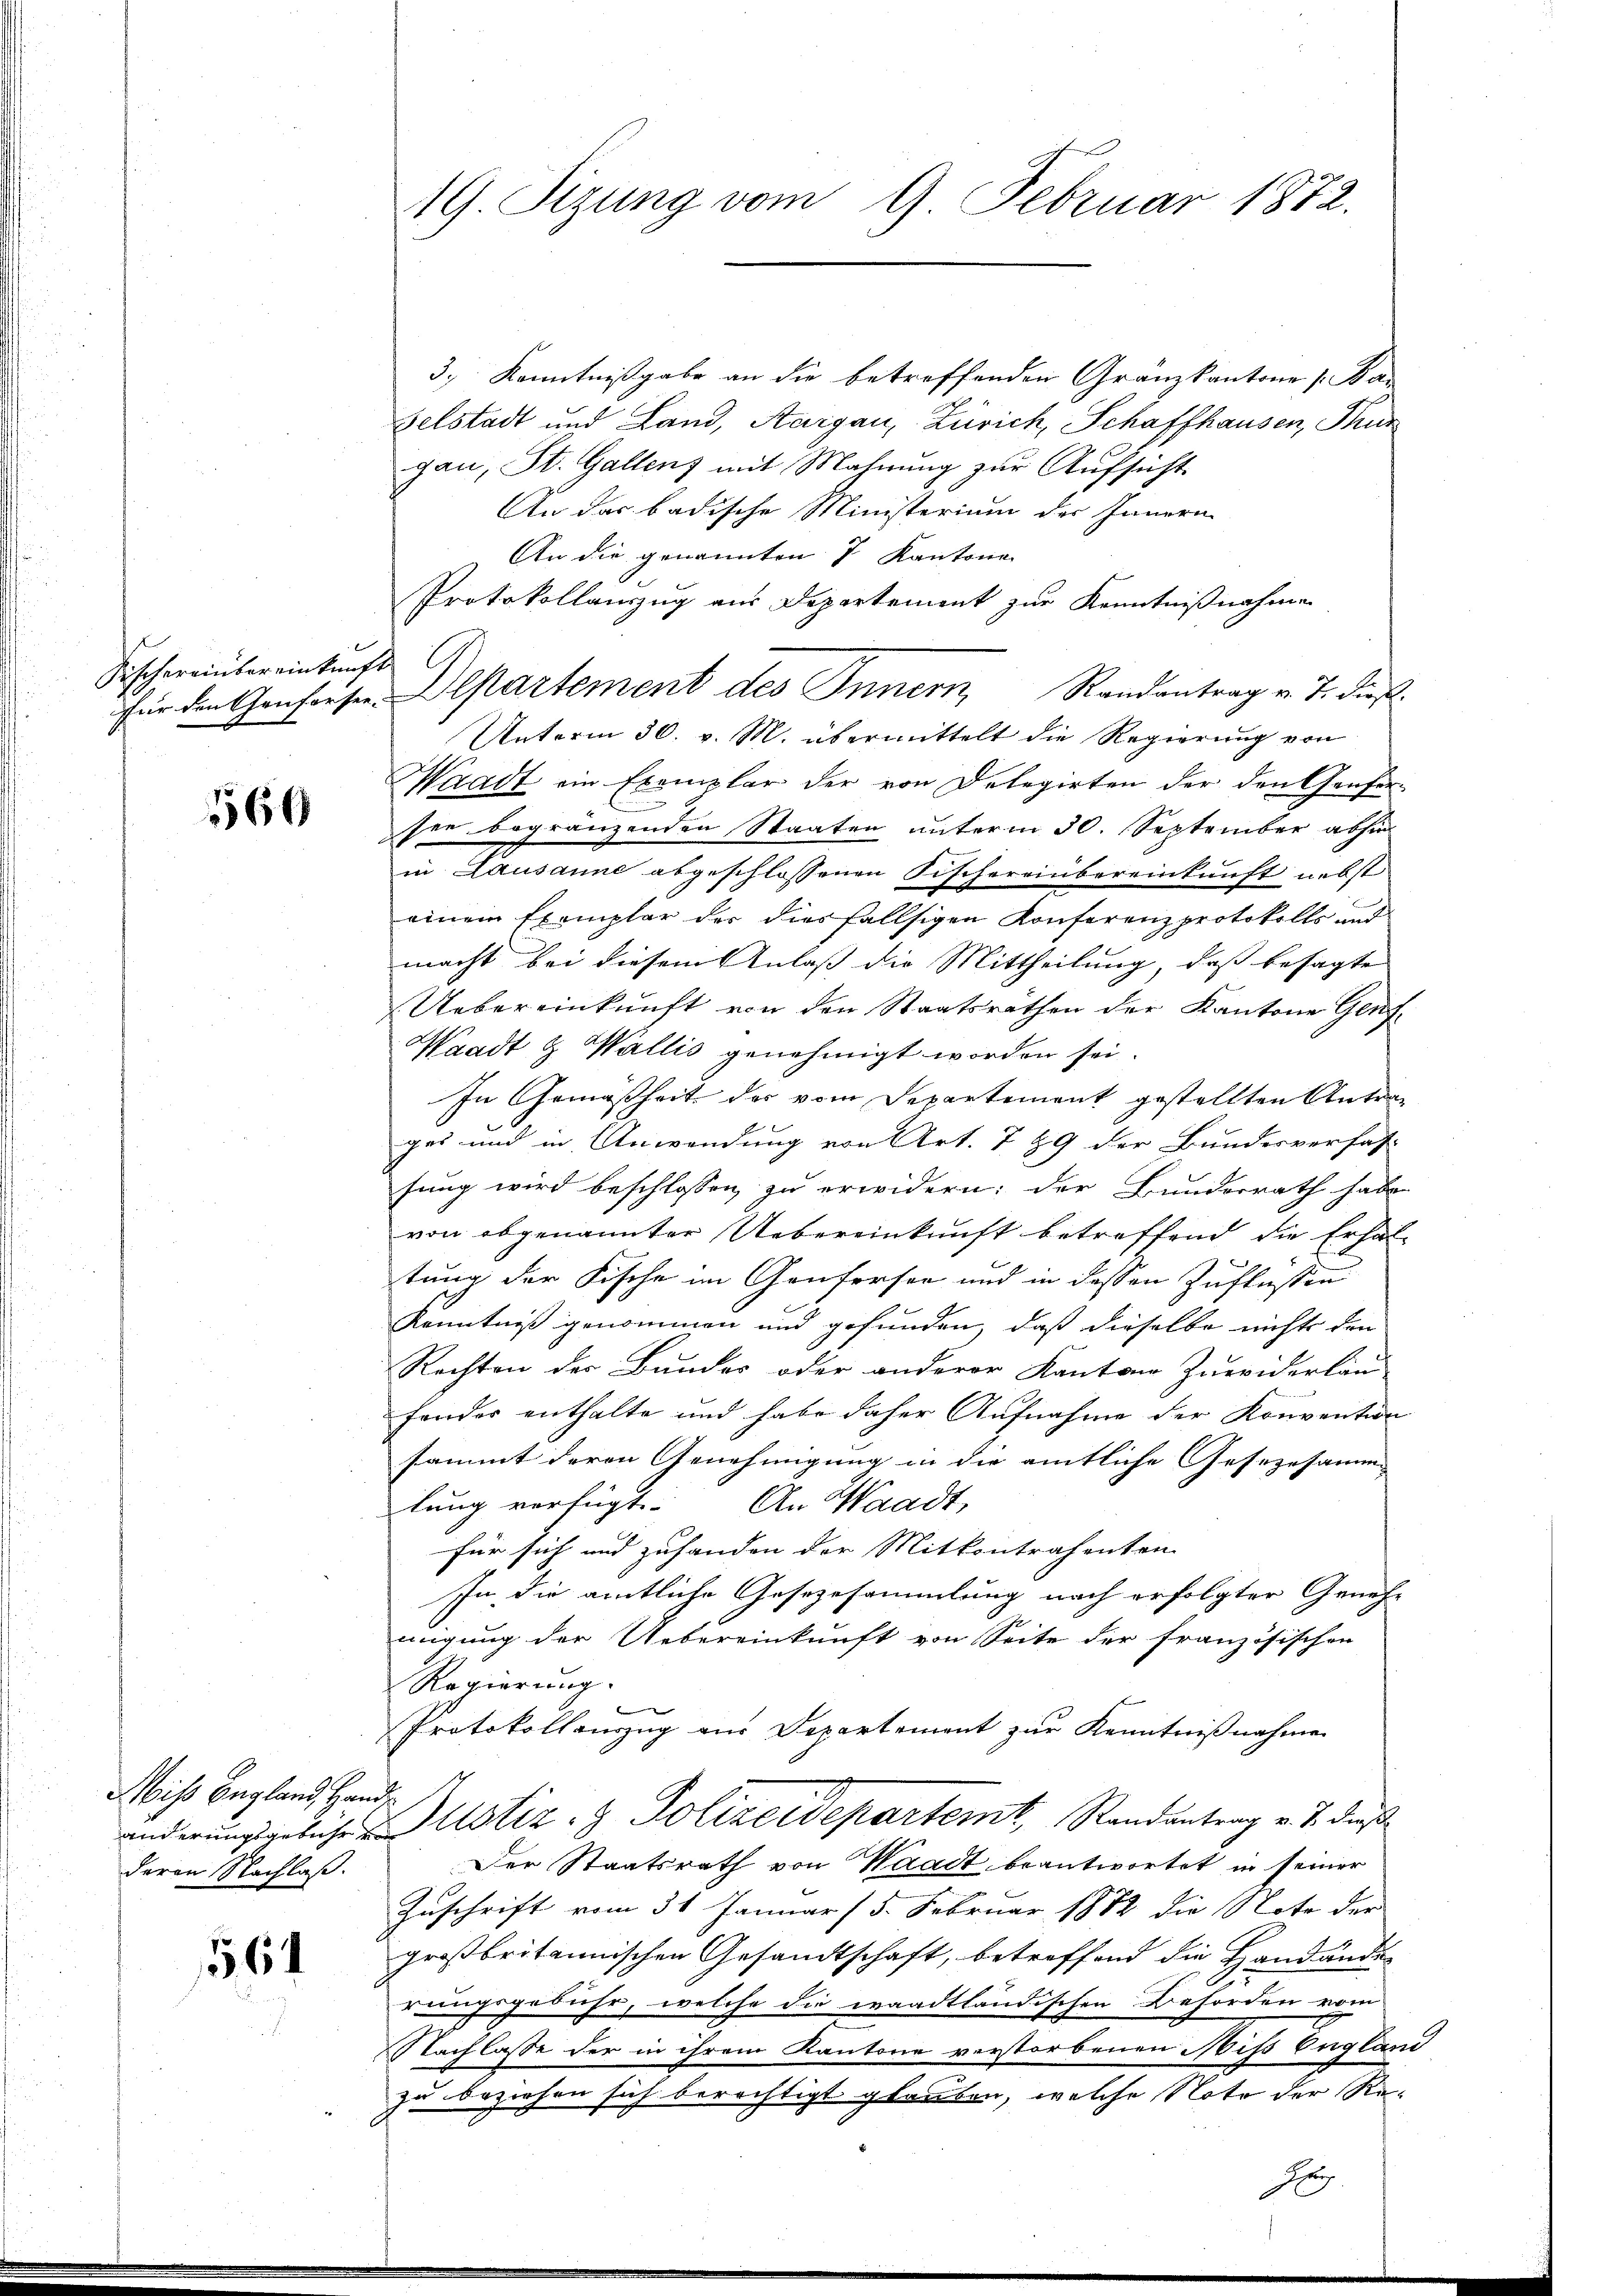
Fischereinbereinkunft

560

Mis England, Handderen Nachlaß.

564

3.) Kenntnißgabe an die betreffenden Gränzkantone s. Ban
Felstadt und Land, Aargau, Zürich, Schaffhausen, Thur
gau, St. Gallenz mit Mahnung zur Aufsicht
An der badische Ministerium des Innern
An die genannten 7 Kantone
Protokollauszug aus Departement zur Kenntnißnahmen
für den Confiser Departement des Innern Randantrag v. J. dieß.
Unterm 30. v. M. übermittelt die Regierung von
Waadt ein Exemplar der von Delegirten der den Genfersee begränzenden Staaten unterm 30. September abhin
in Lausanne abgeschlossenen Fischereinbereinkunft nebst
einem Exemplar der diesfallsigen Konferenzprotokolls und
macht bei diesem Anlaß die Mittheilung, daß besagte
Uebereinkunft von den Staatsräthen der Kantone Genf¬
Waadt & Wallis genehmigt worden sei.
In Gemäßheit der vom Departement gestellten Antrag
ges und in Anwendung von Art. 789 der Bundesverfass
sung wird beschlossen zu erwidern; der Bunderrath habe
von abgenannter Uebereinkunft betreffend die Erhaltung der Fische im Genfersen und in dessen Zuflassen
Kenntniß genommen und gefunden, daß dieselbe nichts den
Rechten der Bundes oder anderer Kantone Zuwiderlau
fonder enthalte und habe daher Aufnahme der Konvention
sammt deren Genehmigung in die amtliche Gesezesamm
lung verfügt: An Waadt,
für sich und zuhanden der Mitkontrahenten
In die amtliche Gesezesammlung nach erfolgter Geneh-
migung der Uebereinkunft von Seite der französischen
Regierung.
Protokollauszug aus Departement zur Kenntnißnahme
änderungsgebühr Altstiz- & Polizeidepartemt, Randantrag v. J. dieß
Der Staatsrath von Waadt beantwortet in seiner
Zuschrift vom 31 Januar 15. Februar 1872 die Note der
großbritannischen Gesandtschaft, betreffend die Handände
rungsgebühr, welche die waadtländischen Beforden vom
Nachlasse der in ihrem Kantone verstorbenen Miß Englani
zu beziehen sich berechtigt glauben, welche Note der Re¬
Eug

19 Sizung vom 9. Februar 1872.